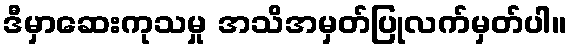
ဒီမှာဆေးကုသမှု အသိအမှတ်ပြုလက်မှတ်ပါ။